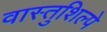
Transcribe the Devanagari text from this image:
वास्तुशिल्पे